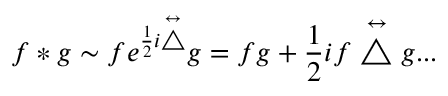
f * g \sim f e ^ { \frac { 1 } { 2 } i \stackrel { \leftrightarrow } { \bigtriangleup } } g = f g + \frac { 1 } { 2 } i f \stackrel { \leftrightarrow } { \bigtriangleup } g . . .